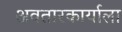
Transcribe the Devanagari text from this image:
अवतारकार्याला